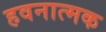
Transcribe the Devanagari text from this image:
हवनात्मक